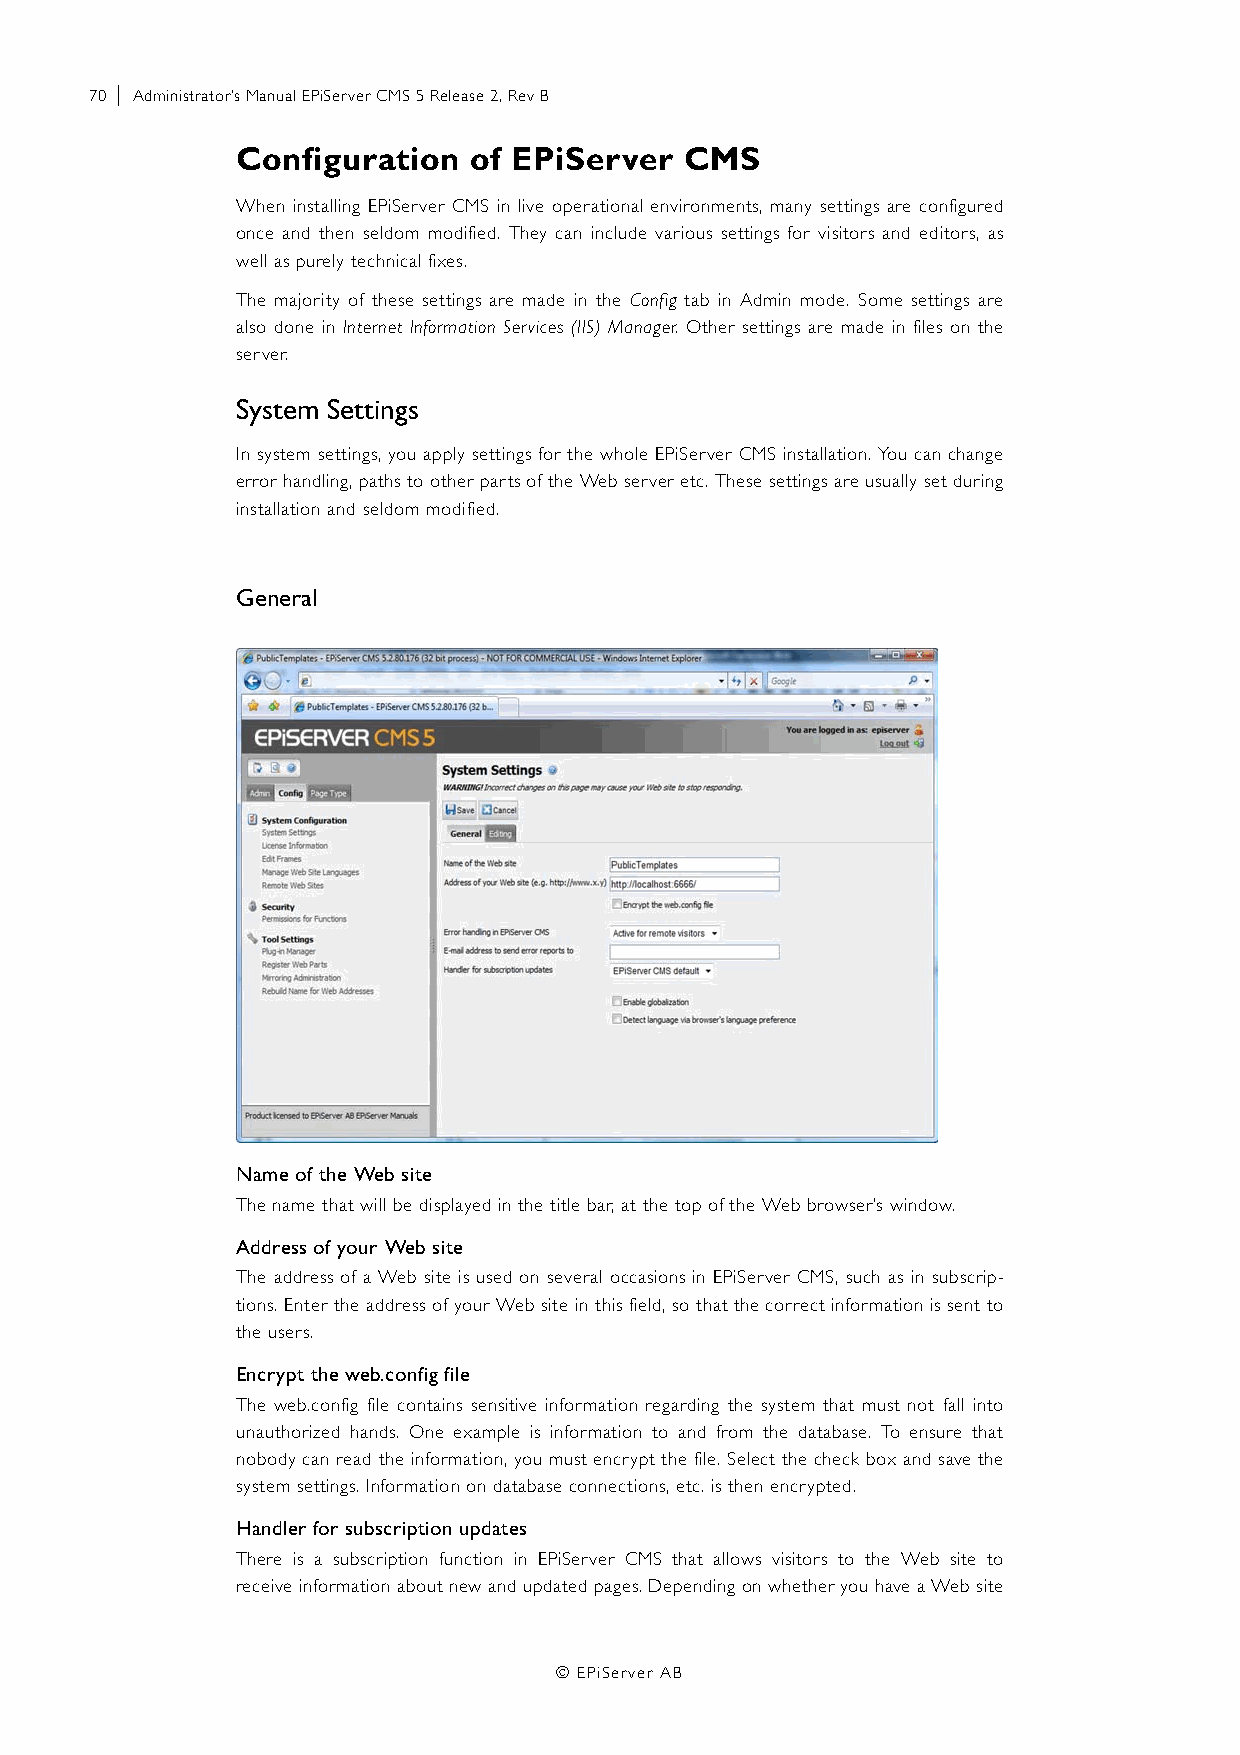
70 | Administrator’s Manual EPiServer CMS 5 Release 2, Rev B
 Configuration  of EPiServer  CMS
 When installing EPiServer CMS in live operational environments, many settings are configured
 once and then seldom modified. They can include various settings for visitors and editors, as
 well as purely technical fixes.
 The majority of these settings are made in the Config tab in Admin mode. Some settings are
 also done in Internet Information Services (IIS) Manager. Other settings are made in files on the
 server.
 System Settings
 In system settings, you apply settings for the whole EPiServer CMS installation. You can change
 error handling, paths to other parts of the Web server etc. These settings are usually set during
 installation and seldom modified.
 General
 Name of the Web site
 The name that will be displayed in the title bar, at the top of the Web browser’s window.
 Address of your Web site
 The address of a Web site is used on several occasions in EPiServer CMS, such as in subscrip-
 tions. Enter the address of your Web site in this field, so that the correct information is sent to
 the users.
 Encrypt the web.config file
 The web.config file contains sensitive information regarding the system that must not fall into
 unauthorized hands. One example is information to and from the database. To ensure that
 nobody can read the information, you must encrypt the file. Select the check box and save the
 system settings. Information on database connections, etc. is then encrypted.
 Handler for subscription updates
 There is a subscription function in EPiServer CMS that allows visitors to the Web site to
 receive information about new and updated pages. Depending on whether you have a Web site
 © EPiServer AB